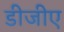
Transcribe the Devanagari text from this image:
डीजीए